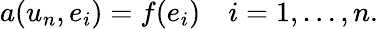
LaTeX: a(u_{n},e_{i})=f(e_{i})\quad i=1,\ldots,n.